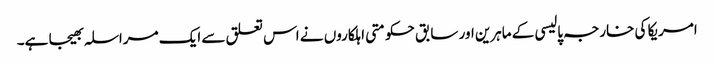
امریکا کی خارجہ پالیسی کے ماہرین اور سابق حکومتی اہلکاروں نے اس تعلق سے ایک مراسلہ بھیجا ہے۔